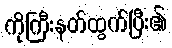
ကိုကြီးနတ်ထွက်ပြီး၏